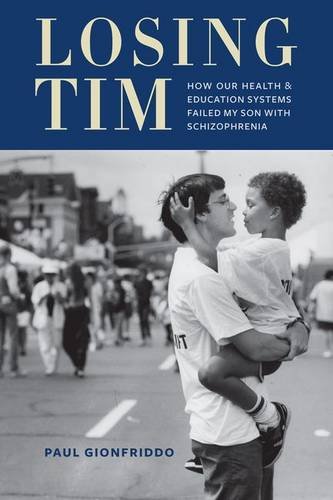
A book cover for Losing Tim: How Our Health and Education Systems Failed My Son with Schizophrenia; Paul Gionfriddo; Health, Fitness & Dieting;